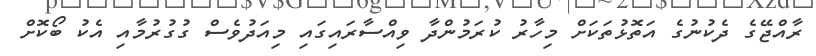
ރާއްޖޭގެ ދެކުނުގެ އަތޮޅުތަކަށް މިހާރު ކުރަމުންދާ ވިއްސާރައިގައި މިއަދުވެސް ގުގުރުމާއި އެކު ބޯކޮށް